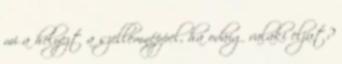
mi a helyezt a szellemnéppel, ha odáig valaki eljut?